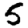
Digit: 5